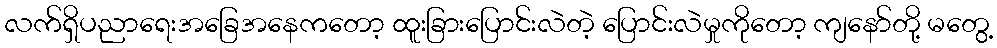
လက်ရှိပညာရေးအခြေအနေကတော့ ထူးခြားပြောင်းလဲတဲ့ ပြောင်းလဲမှုကိုတော့ ကျနော်တို့ မတွေ့